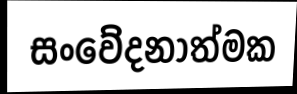
සංවේදනාත්මක